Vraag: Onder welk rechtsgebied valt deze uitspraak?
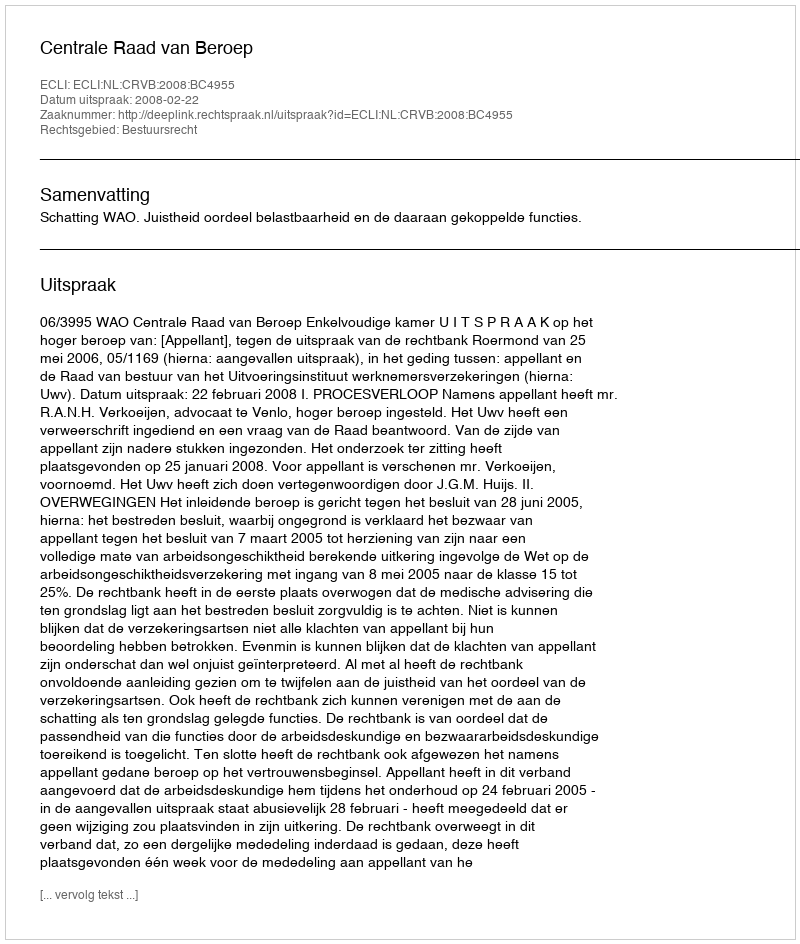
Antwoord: Bestuursrecht